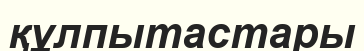
құлпытастары